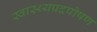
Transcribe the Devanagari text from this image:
स्वास्थ्यप्रदपोषण